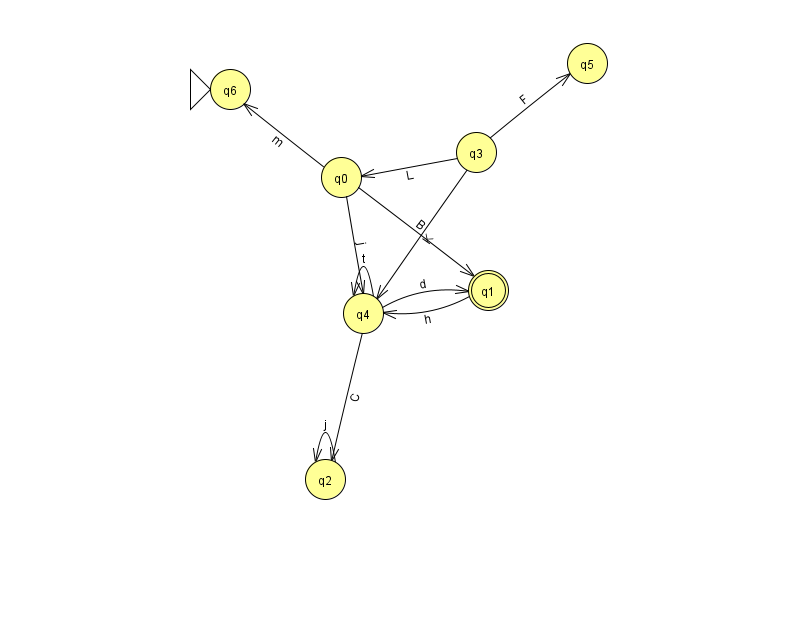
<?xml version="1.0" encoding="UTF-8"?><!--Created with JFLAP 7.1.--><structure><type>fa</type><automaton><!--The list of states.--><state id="0" name="q0"><x>341.0</x><y>164.0</y></state><state id="1" name="q1"><x>488.0</x><y>277.0</y><final/></state><state id="2" name="q2"><x>325.0</x><y>466.0</y></state><state id="3" name="q3"><x>476.0</x><y>139.0</y></state><state id="4" name="q4"><x>363.0</x><y>300.0</y></state><state id="5" name="q5"><x>587.0</x><y>50.0</y></state><state id="6" name="q6"><x>230.0</x><y>76.0</y><initial/></state><!--The list of transitions.--><transition><from>0</from><to>4</to><read>j</read></transition><transition><from>3</from><to>0</to><read>L</read></transition><transition><from>4</from><to>4</to><read>t</read></transition><transition><from>4</from><to>1</to><read>d</read></transition><transition><from>3</from><to>5</to><read>F</read></transition><transition><from>0</from><to>1</to><read>B</read></transition><transition><from>4</from><to>2</to><read>C</read></transition><transition><from>1</from><to>4</to><read>h</read></transition><transition><from>2</from><to>2</to><read>j</read></transition><transition><from>0</from><to>6</to><read>m</read></transition><transition><from>3</from><to>4</to><read>K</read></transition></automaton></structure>